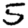
Digit: 5